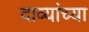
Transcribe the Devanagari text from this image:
दाव्यांच्या